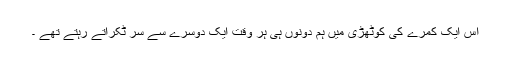
اس ایک کمرے کی کوٹھڑی میں ہم دونوں ہی ہر وقت ایک دوسرے سے سر ٹکراتے رہتے تھے ۔